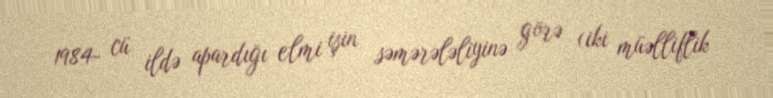
1984- cü ildə apardığı elmi işin səmərələliyinə görə (iki müəlliflik